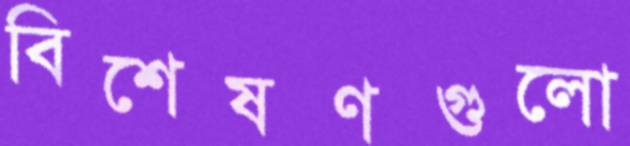
বিশেষণগুলো